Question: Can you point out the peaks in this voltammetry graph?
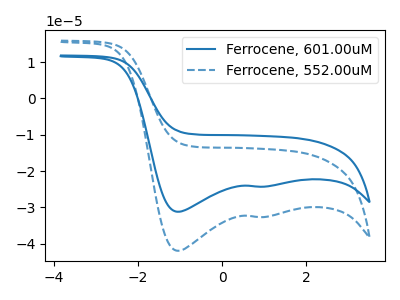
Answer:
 <answer>The blue curve "Ferrocene, 601.00uM" has cathodic peaks at (-1.05V, -31.20uA) (0.85V, -24.25uA). The blue dashed curve "Ferrocene, 552.00uM" has cathodic peaks at (-1.05V, -41.95uA) (0.85V, -32.65uA).</answer>
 <eval></eval>